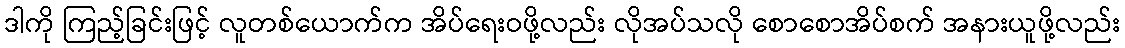
ဒါကို ကြည့်ခြင်းဖြင့် လူတစ်ယောက်က အိပ်ရေးဝဖို့လည်း လိုအပ်သလို စောစောအိပ်စက် အနားယူဖို့လည်း